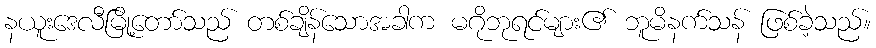
နယူးဒေလီမြို့တော်သည် တစ်ချိန်သောအခါက မဂိုဘုရင်များ၏ ဘူမိနက်သန် ဖြစ်ခဲ့သည်။